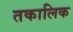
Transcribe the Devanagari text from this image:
तकालिक